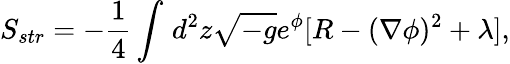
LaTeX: S_{str}=-{\frac{1}{4}}\int_{}^{}d^{2}z\sqrt{-g}e^{\phi}[R-(\nabla\phi)^{2}+\lambda],